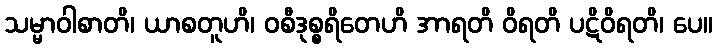
သမ္မာဝါစာတိ၊ ယာစတူဟိ၊ ဝစီဒုစ္စရိတေဟိ အာရတိ ဝိရတိ ပဋိဝိရတိ၊ ပေ။